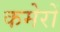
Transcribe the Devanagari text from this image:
कमेरों